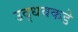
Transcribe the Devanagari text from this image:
उद्धवकडे